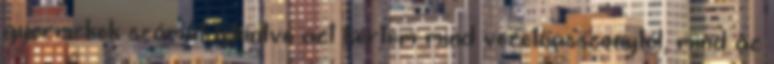
gyermekek számát tekintve azt kértem mind vezetőasszonytól, mind az